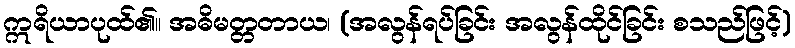
ဣရိယာပုထ်၏။ အဓိမတ္တတာယ၊ (အလွန်ရပ်ခြင်း အလွန်ထိုင်ခြင်း စသည်ဖြင့်)